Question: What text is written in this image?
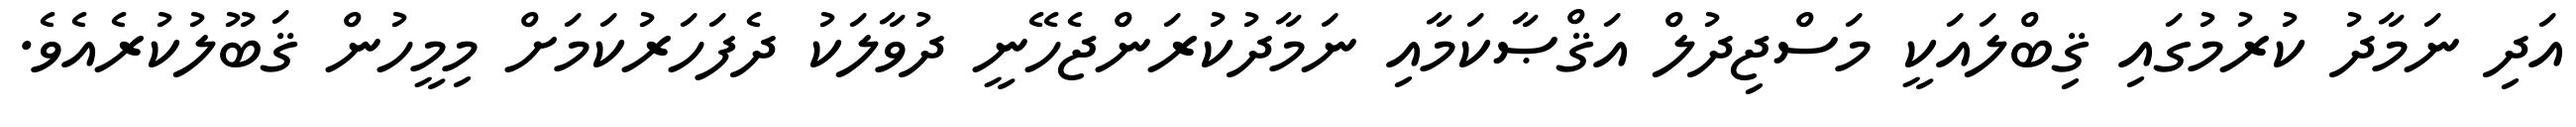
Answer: އަދި ނަމާދު ކުރުމުގައި ޤިބްލައަކީ މަސްޖިދުލް އަޤްޞާކަމާއި ނަމާދުކުރަންޖެހޭނީ ދުވާލަކު ދެފަހަރުކަމަށް މިމީހުން ޤަބޫލުކުރެއެވެ.